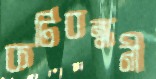
কটিবন্ধনী